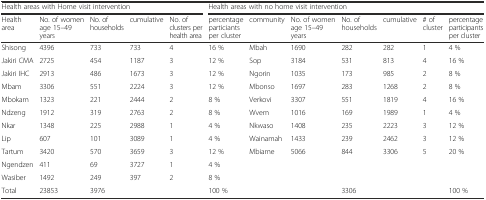
<table><thead><tr><td colspan="5"><b>Health areas with Home visit intervention</b></td><td colspan="7"><b>Health areas with no home visit intervention</b></td></tr><tr><td><b>Health area</b></td><td><b>No. of women age 15–49 years</b></td><td><b>No. of households</b></td><td><b>cumulative</b></td><td><b>No. of clusters per health area</b></td><td><b>percentage particiants per cluster</b></td><td><b>community</b></td><td><b>No. of women age 15–49 years</b></td><td><b>No. of households</b></td><td><b>cumulative</b></td><td><b># of cluster</b></td><td><b>percentage participants per cluster</b></td></tr></thead><tbody><tr><td>Shisong</td><td>4396</td><td>733</td><td>733</td><td>4</td><td>16 %</td><td>Mbah</td><td>1690</td><td>282</td><td>282</td><td>1</td><td>4 %</td></tr><tr><td>Jakiri CMA</td><td>2725</td><td>454</td><td>1187</td><td>3</td><td>12 %</td><td>Sop</td><td>3184</td><td>531</td><td>813</td><td>4</td><td>16 %</td></tr><tr><td>Jakiri IHC</td><td>2913</td><td>486</td><td>1673</td><td>3</td><td>12 %</td><td>Ngorin</td><td>1035</td><td>173</td><td>985</td><td>2</td><td>8 %</td></tr><tr><td>Mbam</td><td>3306</td><td>551</td><td>2224</td><td>3</td><td>12 %</td><td>Mbonso</td><td>1697</td><td>283</td><td>1268</td><td>2</td><td>8 %</td></tr><tr><td>Mbokam</td><td>1323</td><td>221</td><td>2444</td><td>2</td><td>8 %</td><td>Verkovi</td><td>3307</td><td>551</td><td>1819</td><td>4</td><td>16 %</td></tr><tr><td>Ndzeng</td><td>1912</td><td>319</td><td>2763</td><td>2</td><td>8 %</td><td>Wvem</td><td>1016</td><td>169</td><td>1989</td><td>1</td><td>4 %</td></tr><tr><td>Nkar</td><td>1348</td><td>225</td><td>2988</td><td>1</td><td>4 %</td><td>Nkwaso</td><td>1408</td><td>235</td><td>2223</td><td>3</td><td>12 %</td></tr><tr><td>Lip</td><td>607</td><td>101</td><td>3089</td><td>1</td><td>4 %</td><td>Wainamah</td><td>1433</td><td>239</td><td>2462</td><td>3</td><td>12 %</td></tr><tr><td>Tartum</td><td>3420</td><td>570</td><td>3659</td><td>3</td><td>12 %</td><td>Mbiame</td><td>5066</td><td>844</td><td>3306</td><td>5</td><td>20 %</td></tr><tr><td>Ngendzen</td><td>411</td><td>69</td><td>3727</td><td>1</td><td>4 %</td><td></td><td></td><td></td><td></td><td></td><td></td></tr><tr><td>Wasiber</td><td>1492</td><td>249</td><td>397</td><td>2</td><td>8 %</td><td></td><td></td><td></td><td></td><td></td><td></td></tr><tr><td>Total</td><td>23853</td><td>3976</td><td></td><td></td><td>100 %</td><td></td><td></td><td>3306</td><td></td><td></td><td>100 %</td></tr></tbody></table>